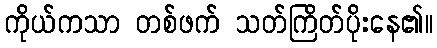
ကိုယ်ကသာ တစ်ဖက် သတ်ကြိတ်ပိုးနေ၏။